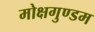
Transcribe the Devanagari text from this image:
मोक्षगुण्डम